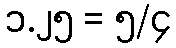
၁.၂၅ = ၅/၄